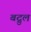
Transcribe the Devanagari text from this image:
बद्रुल